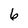
Character: 6